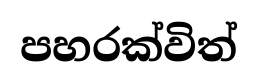
පහරක්විත්